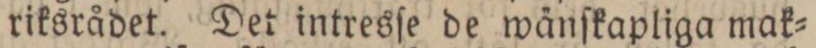
riksrådet. Det intresſe de wänſkapliga mak=